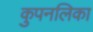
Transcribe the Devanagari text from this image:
कुपनलिका